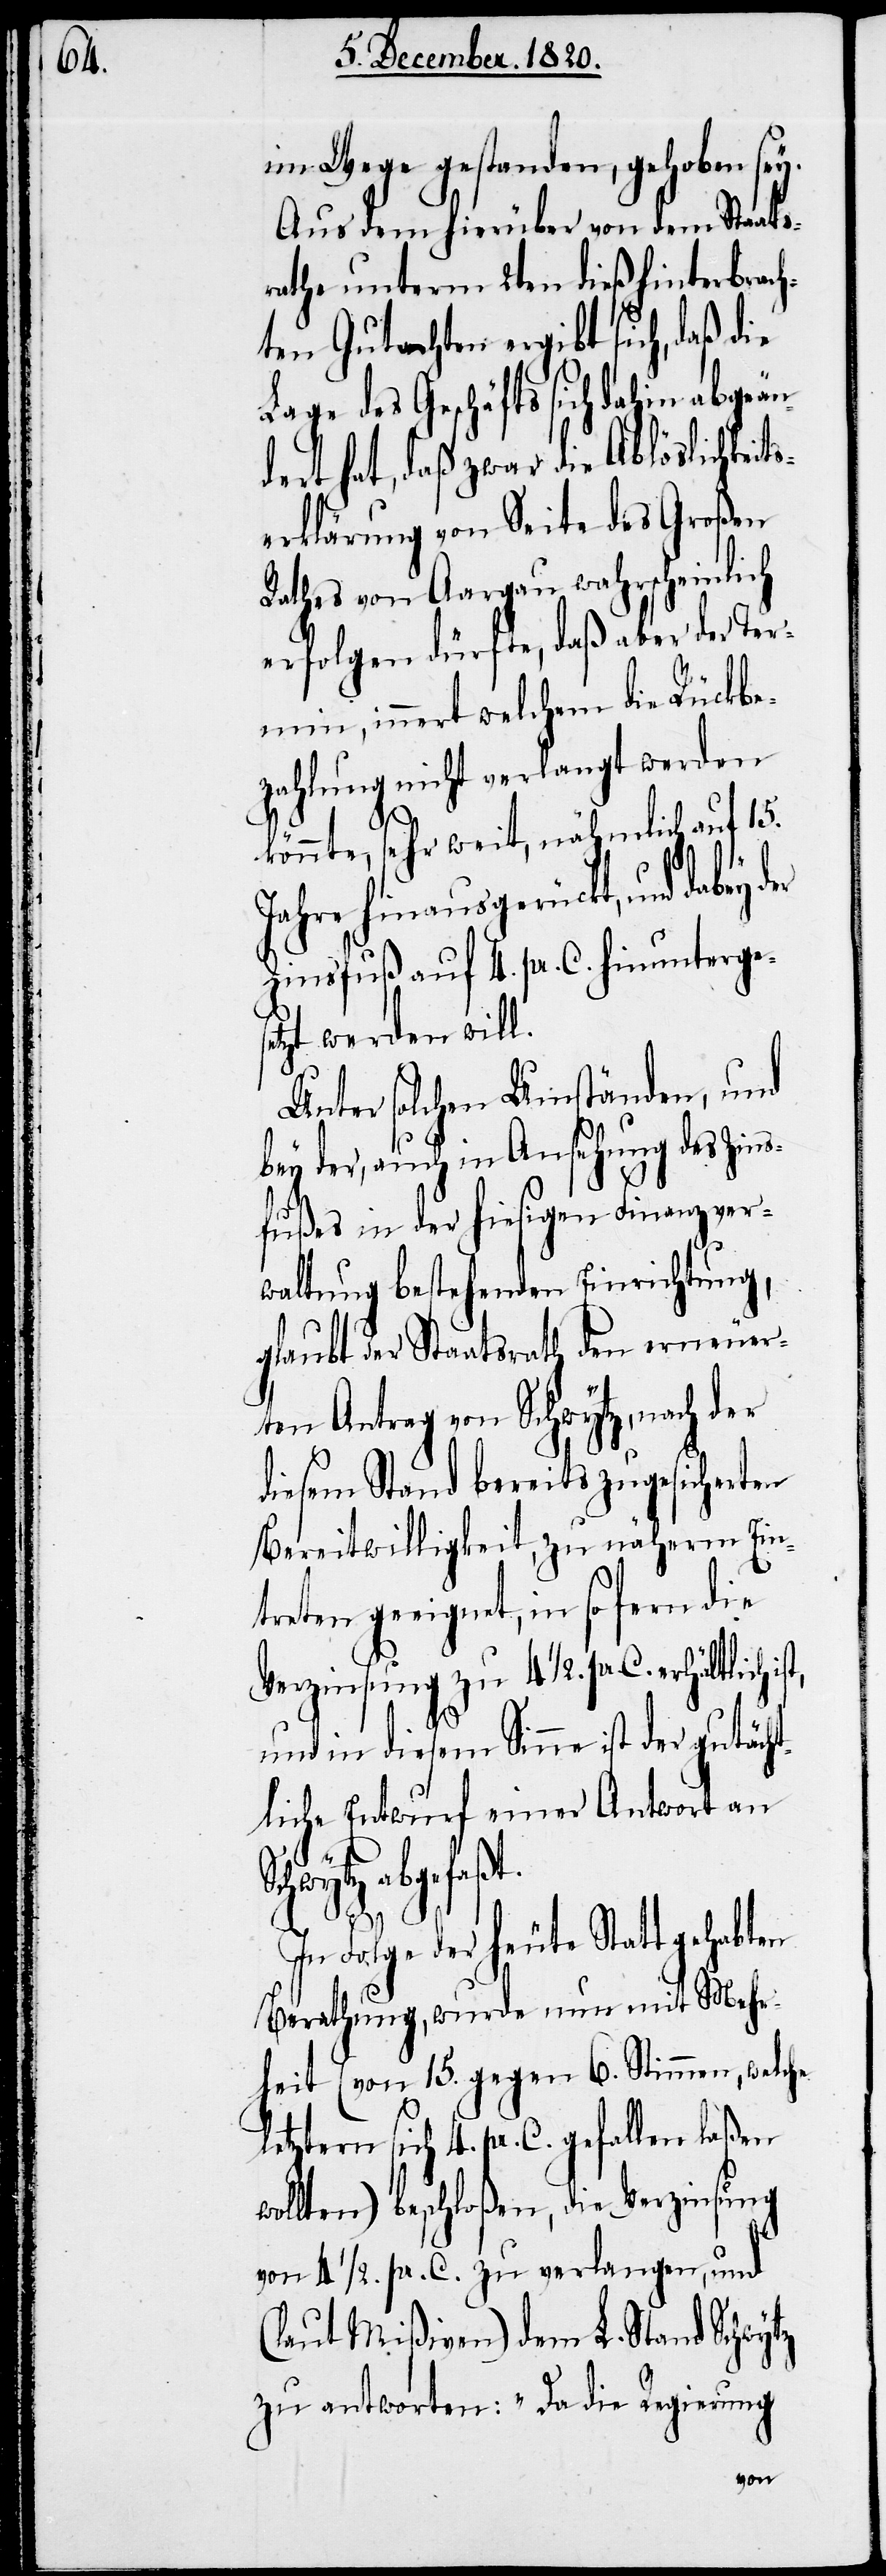
(l¬

im Wege gestanden, gehoben sey.
Aus dem hierüber von dem Staats¬
rathe unterm 2ten dieß hinterbrach¬
ten Gutachten ergibt sich, daß die
Lage des Geschäfts sich da¬
ert hat, daß zwar die Ablöslichkeit¬
serklärung von Seite des Großen
Rathes von Aargau wahrscheinlich
erfolgen dürfte, daß aber der Ter¬
min, innert welchem die Rückbe¬
zahlung nicht verlangt werden
h¬
könnte, sehr weit, nähmlich auf 15.
Jahre hinausgerückt, und dabey
Zinsfuß auf 4. pr. C. hinunterges¬
etzt werden will.
Unter solchen Umständen, und
bey der, auch in Ansehung des Zins¬
fußes in der hiesigen Finanzver¬
waltung bestehenden Einrichtung
glaubt der Staatsrath den erneuer¬
ten Antrag von Schwytz, nach der
diesem Stand bereits zugesicherten
Bereitwilligkeit, zu näherm Ein¬
treten geeignet, in so fern die
Verzinsung zu 4 1/2. pr. C. erhältlich is¬
und in diesem Sinne ist der gutäc¬
tliche Entwurf einer Antwort an
Schwytz abgefaßt.
In Folge der heute Statt gehabten
Berathung, wurde nun mit Mehr¬
heit (von 15. gegen 6. Stimmen, welche
letztern sich 4. pr. C. gefallen
wollten) beschloßen, die Verzinsung
von 4 1/2. pr. C. zu verlangen, und
aut Mißiven) dem L. Stand Schwytz
zu antworten: „Da die Regierung